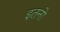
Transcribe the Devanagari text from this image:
इतनो